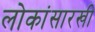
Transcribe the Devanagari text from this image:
लोकांसारखी